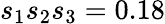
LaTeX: s_{1}s_{2}s_{3}=0.18